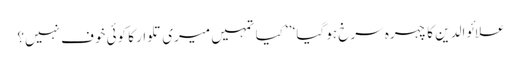
علائوالدین کا چہرہ سرخ ہو گیا‘ ’’کیا تمہیں میری تلوار کا کوئی خوف نہیں؟